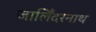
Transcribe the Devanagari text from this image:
जालिँदरनाथ